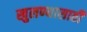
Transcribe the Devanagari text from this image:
खुलण्यासाठी